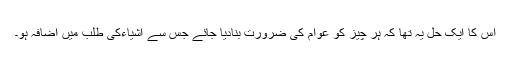
اس کا ایک حل یہ تھا کہ ہر چیز کو عوام کی ضرورت بنادیا جائے جس سے اشیاءکی طلب میں اضافہ ہو۔